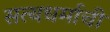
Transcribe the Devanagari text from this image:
सत्यधर्माची